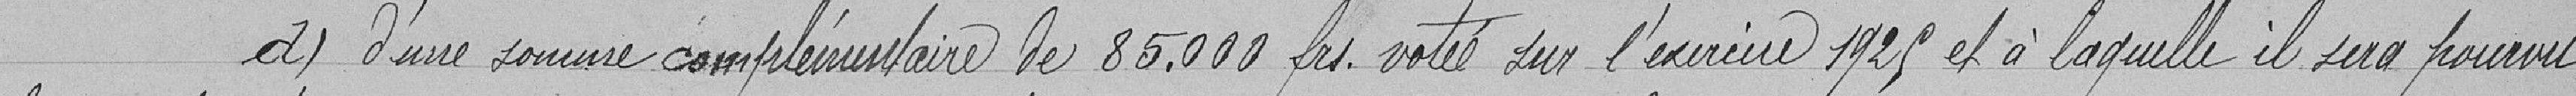
d) d'une somme complémentaire de 85 000 francs votée sur l'exercice 1925 et à laquelle il sera pourvu